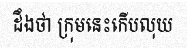
ដឹងថា ក្រុមនេះកើបលុយ